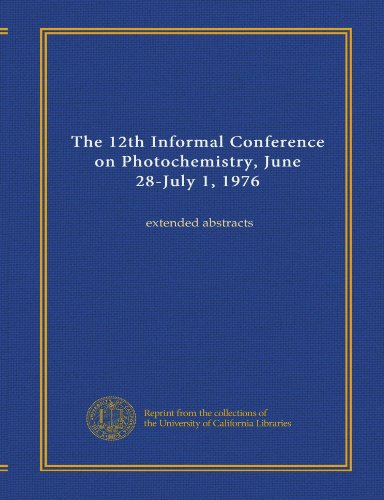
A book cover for The 12th Informal Conference on Photochemistry, June 28-July 1, 1976: extended abstracts; Unknown; Science & Math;